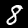
Digit: 8